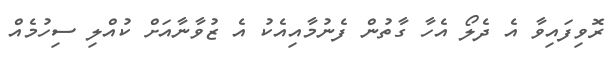
ރޮވިފައިވާ އެ ދެލޯ އެހާ ގާތުން ފެނުމާއިއެކު އެ ޒުވާނާއަށް ކުއްލި ސިހުމެއް